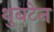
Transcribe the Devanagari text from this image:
थुबटेन